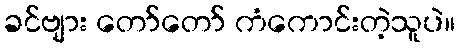
ခင်ဗျား တော်တော် ကံကောင်းတဲ့သူပဲ။